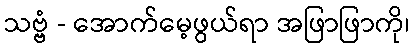
သဗ္ဗံ - အောက်မေ့ဖွယ်ရာ အဖြာဖြာကို၊